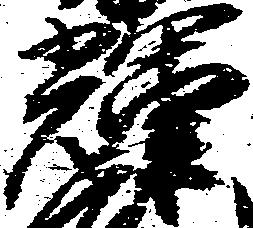
輝